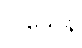
ပါသေန